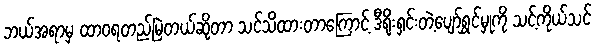
ဘယ်အရာမှ ထာဝရတည်မြဲတယ်ဆိုတာ သင်သိထားတာကြောင့် ဒီရိုးရှင်းတဲ့ပျော်ရွှင်မှုကို သင့်ကိုယ်သင်